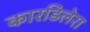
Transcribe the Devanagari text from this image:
कारडिलेरा